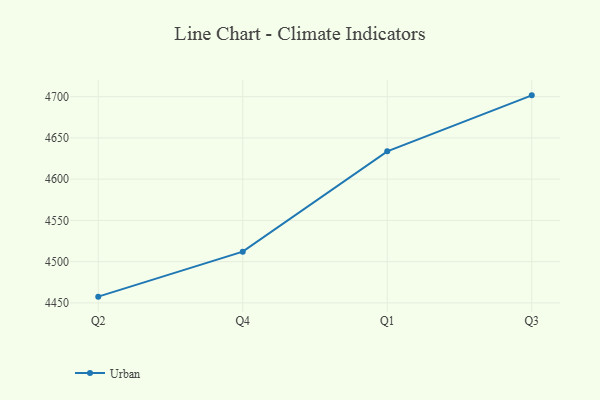
{"axis": {"x": "Quarter", "y": "Headcount"}, "legend": ["Urban"], "data": [{"x": "Q2", "y": 4457.6, "type": "Urban"}, {"x": "Q4", "y": 4512.1, "type": "Urban"}, {"x": "Q1", "y": 4633.7, "type": "Urban"}, {"x": "Q3", "y": 4701.6, "type": "Urban"}]}